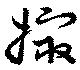
撮